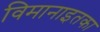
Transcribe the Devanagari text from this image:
विमानाइतका